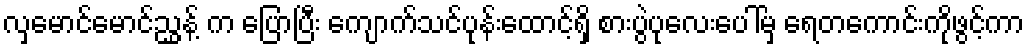
လှမောင်မောင်ညွှန့် က ပြောပြီး ကျောက်သင်ပုန်းထောင့်ရှိ စားပွဲပုလေးပေါ်မှ ရေတကောင်းကိုဖွင့်ကာ